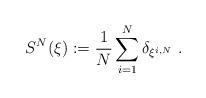
LaTeX: \begin{align*}S^N(\mathbf{\xi}):=\frac{1}{N} \sum_{i=1}^N \delta_{\xi^{i,N}}\ .\end{align*}